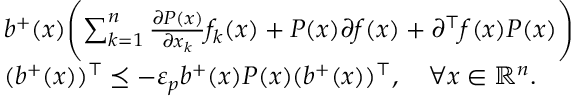
\begin{array} { r l } & { b ^ { + } ( x ) \Biggl ( \sum _ { k = 1 } ^ { n } \frac { \partial P ( x ) } { \partial x _ { k } } f _ { k } ( x ) + P ( x ) \partial f ( x ) + \partial ^ { \top } f ( x ) P ( x ) \Biggr ) } \\ & { ( b ^ { + } ( x ) ) ^ { \top } \preceq - \varepsilon _ { p } b ^ { + } ( x ) P ( x ) ( b ^ { + } ( x ) ) ^ { \top } , \quad \forall x \in { \mathbb R } ^ { n } . } \end{array}